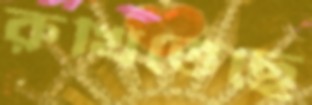
রুখিতেছে